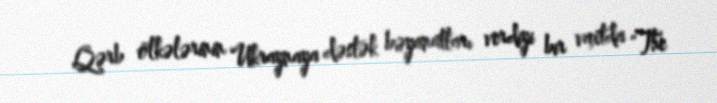
Qərb ölkələrinin Ukraynaya dəstək bəyanatları verdiyi bir vaxtda "The